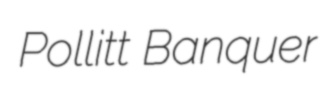
Pollitt Banquer